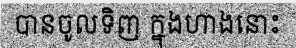
បានចូលទិញ ក្នុងហាងនោះ